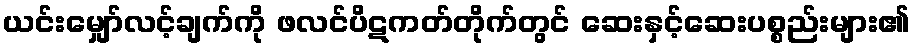
ယင်းမျှော်လင့်ချက်ကို ဖလင်ပိဋကတ်တိုက်တွင် ဆေးနှင့်ဆေးပစ္စည်းများ၏